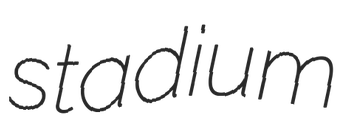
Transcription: stadium